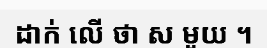
ដាក់ លើ ថា ស មួយ ។